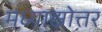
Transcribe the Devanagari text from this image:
मध्याह्नोत्तर